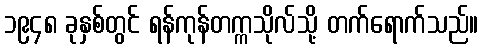
၁၉၄၈ ခုနှစ်တွင် ရန်ကုန်တက္ကသိုလ်သို့ တက်ရောက်သည်။